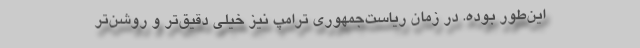
این‌طور بوده. در زمان ریاست‌جمهوری ترامپ نیز خیلی دقیق‌تر و روشن‌تر